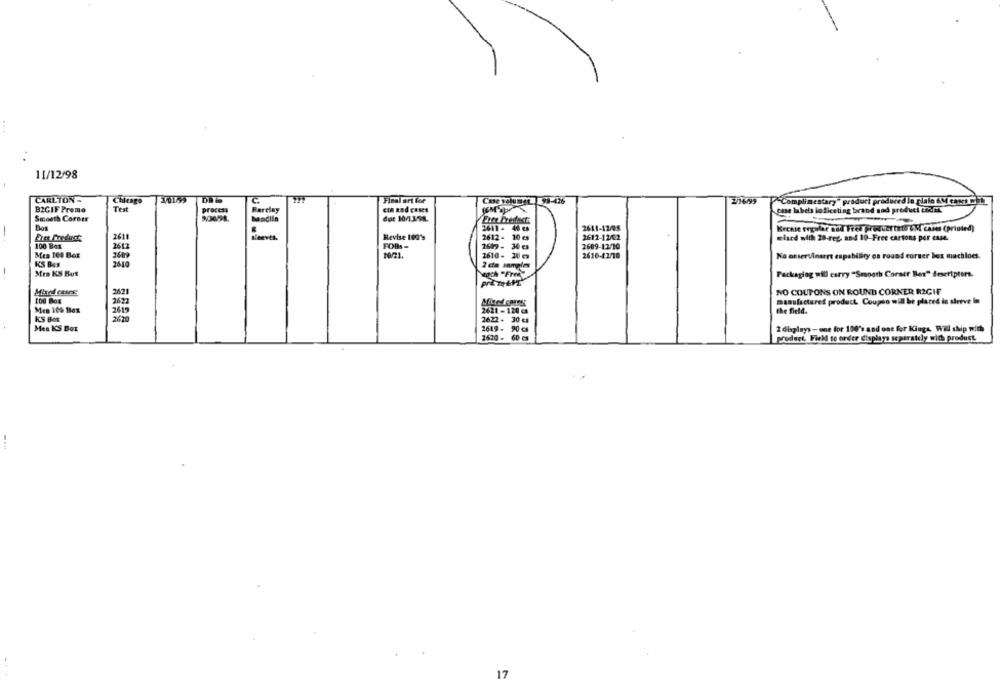
11/12/98
CARLTON -
Chicago
101/55
C
Final art for
Cme volumen 3-426
"Complimentary" product produced le giako 6M canDID
Test
process
cin nad cases
BIGIF Preme
Barclay
case labels lo diceting brand and product coatt
Smooth Corner
det 10/13/58.
2611 - 40 es
2611-12/05
Kecase regular and Feel proquartal UM cases (printed)
2611
Revise 100's
2612 - 10 es
2612-12/02
wlaed with 20-rez, and 10-Free cartons per case.
100 Box
2612
FOBS-
2619 - 36 es
2609-12/20
Men Ie8 Box
10/21.
2610- 20 es
2610-42/18
No onservinerrt capability on round corser box machines.
K'S BAS
2610
Men KS But
Packaging will carry "Smooth Corair Ber" descriptors.
NO COUPONS ON ROUND CORNER RIGIF
2622
manufactured product Coupso will be placed is shreve la
Men 109 Box
2619
2621 - 120 cs
the field.
KS BOR
2620
2622 - 30 cs
Mes KS Box
2619- 90 cs
2 displays - une for 130's and one for Kings. Will ship with
2620 - 60 es
prodert Field to order displays separately with product.
17